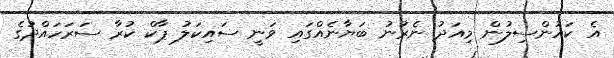
އެ ކައުންސިލުން މިއަދު ނެރުނު ބަޔާނެއްގައި ވަނީ ސައިކަލު ޕާކް ކުރާ ސަރަހައްދުގެ